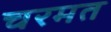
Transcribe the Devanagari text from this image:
चरमत